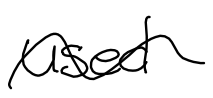
Text: used
Cross-out: wave
Writing tool: digital_black